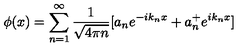
\phi ( x ) = \sum _ { n = 1 } ^ { \infty } { \frac { 1 } { \sqrt { 4 \pi n } } } [ a _ { n } e ^ { - i k _ { n } x } + a _ { n } ^ { + } e ^ { i k _ { n } x } ]